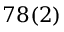
7 8 ( 2 )